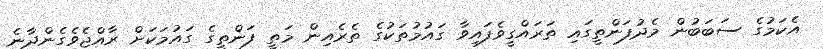
އެކަމުގެ ސަބަބުން މެދުފަންތީގައި ތަރައްގީވެފައިވާ ގައުމުތަކުގެ ތެރެއިން މަތީ ފަންތީގެ ގައުމަކަށް ރާއްޖެވެގެންދާނެ